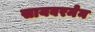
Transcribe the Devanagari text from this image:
सायबरमेन